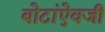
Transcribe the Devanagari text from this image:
बोटांऐवजी